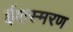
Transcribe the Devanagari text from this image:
ईशस्मरण